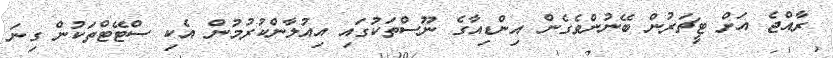
ރާއްޖެ އަށް ޓީޗަރުން ބޭނުންވެގެން އިންޑިއާގެ ނޫސްތަކުގައި އިއުލާންކުރުމުން އެކި ސްޓޭޓްތަކުން ގިނަ